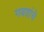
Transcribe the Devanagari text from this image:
गवतांचे